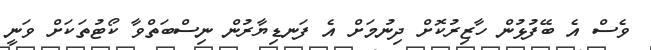
ވެސް އެ ބޭފުޅުން ހާޒިރުކޮށް ދިނުމަށް އެ ފަނޑިޔާރުން ނިސްބަތްވާ ކޯޓުތަކަށް ވަނީ